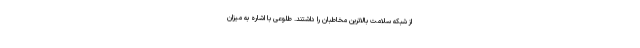
از شبکه سلامت بالاترین مخاطبان را داشتند. طلوعی با اشاره به میزان